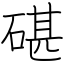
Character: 碪